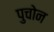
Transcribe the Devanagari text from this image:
पुचोन